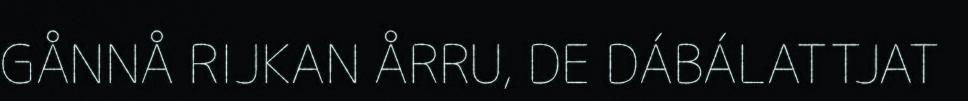
GÅNNÅ RIJKAN ÅRRU, DE DÁBÁLATTJAT